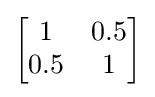
{\begin{bmatrix}1&0.5\\0.5&1\end{bmatrix}}